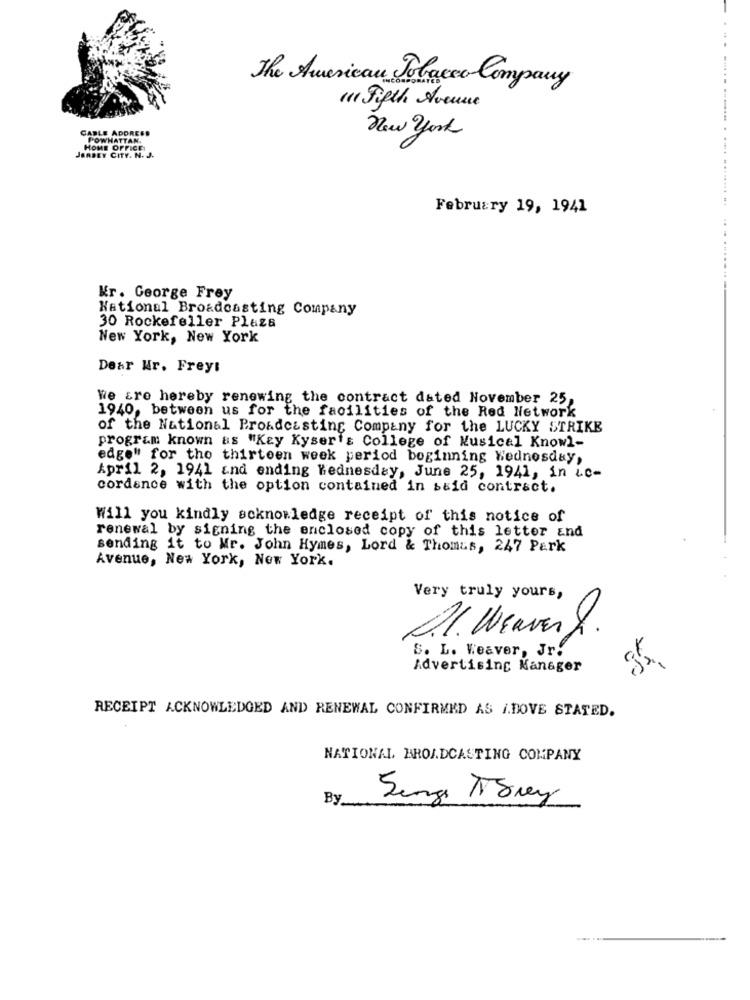
The American Tobacco Company
11 Fifth Avenue
CABLE ADDRESS
New york
POWHATTAN.
HOME OFFICE
JERSEY CITY. N.
February 19, 1941
Kr. George Frey
National Broadcasting Company
30 Rockefeller Plaza
New York, New York
Dear Wr. Frey:
we are hereby renewing the contract dated November 25,
1940, between us for the facilities of the Red Network
of the National Broadcasting Company for the LUCKY STRIKE
program known as "Key Kyser's College of Musical Knowl-
edge" for tho thirteen week period beginning Wednesday,
April 2, 1941 and ending Wednesday, June 25, 1941, in ic-
cordance with the option contained in said contract.
Will you kindly acknowledge receipt of this notice of
renewal by signing the enclosed copy of this letter and
sending it to Mr. John Hymes, Lord & Thomas, 247 Park
Avenue, New York, New York.
Very truly yours,
21. Weaver
S. L. Weaver, Jr!
Advertising Manager
RECEIPT ACKNOWLEDGED AND RENEWAL CONFIRMED AS I.DOVE STATED.
NATIONAL BROADCASTING COMPANY
By
Senge Tbrez